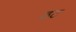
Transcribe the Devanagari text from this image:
ठट